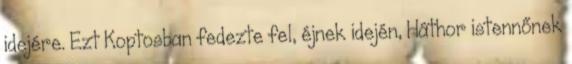
idejére. Ezt Koptosban fedezte fel, éjnek idején, Háthor istennőnek